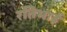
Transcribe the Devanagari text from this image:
रतिभाई